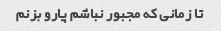
تا زمانی که مجبور نباشم پارو بزنم